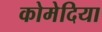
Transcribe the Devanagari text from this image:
कोमेदिया